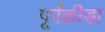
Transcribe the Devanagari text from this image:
पूर्वक्रीड़ा